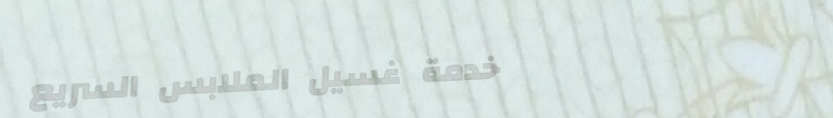
خدمة غسيل الملابس السريع